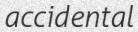
accidental